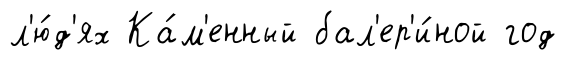
л'ю́д'ях Ка́м'енный бал'ер'и́ной год